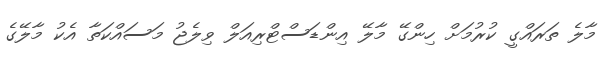
މާލެ ތަރައްގީ ކުރުމަށް ހިންގޭ މާލޭ އިންޑަސްޓްރިއަލް ވިލެޖު މަސައްކަތާ އެކު މާލޭގެ